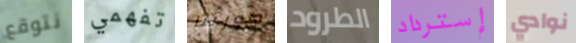
نتوقع تفهمي صورتنا الطرود إسترداد نوادي